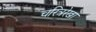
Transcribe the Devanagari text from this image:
चरित्ररेखा